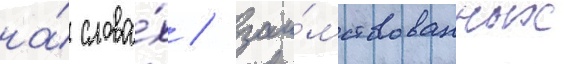
на́ слова́х / заи́мствованных